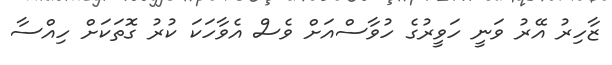
ޒާހިރު އޭރު ވަނީ ހަވީރުގެ ހުވާސްއަށް ވެސް އެވާހަކަ ކުރު ގޮތަކަށް ހިއްސާ